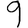
Digit: 9